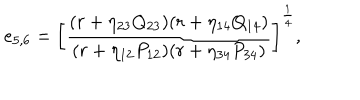
LaTeX: { e _ { 5 , 6 } = \left[ { \frac { ( r + \eta _ { 2 3 } Q _ { 2 3 } ) ( r + \eta _ { 1 4 } Q _ { 1 4 } ) } { ( r + \eta _ { 1 2 } P _ { 1 2 } ) ( r + \eta _ { 3 4 } P _ { 3 4 } ) } } \right] ^ { \frac { 1 } { 4 } } } ,